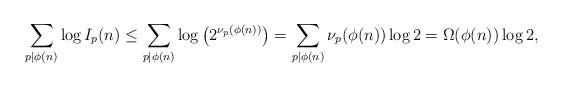
LaTeX: \begin{align*} \sum_{p \mid \phi(n)} \log I_p(n) \leq \sum_{p \mid \phi(n)} \log \big( 2^{\nu_p(\phi(n))} \big) = \sum_{p \mid \phi(n)} {\nu_p(\phi(n))} \log2 = \Omega(\phi(n)) \log 2,\end{align*}